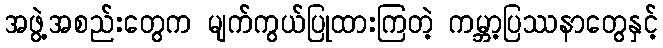
အဖွဲ့အစည်းတွေက မျက်ကွယ်ပြုထားကြတဲ့ ကမ္ဘာ့ပြဿနာတွေနှင့်